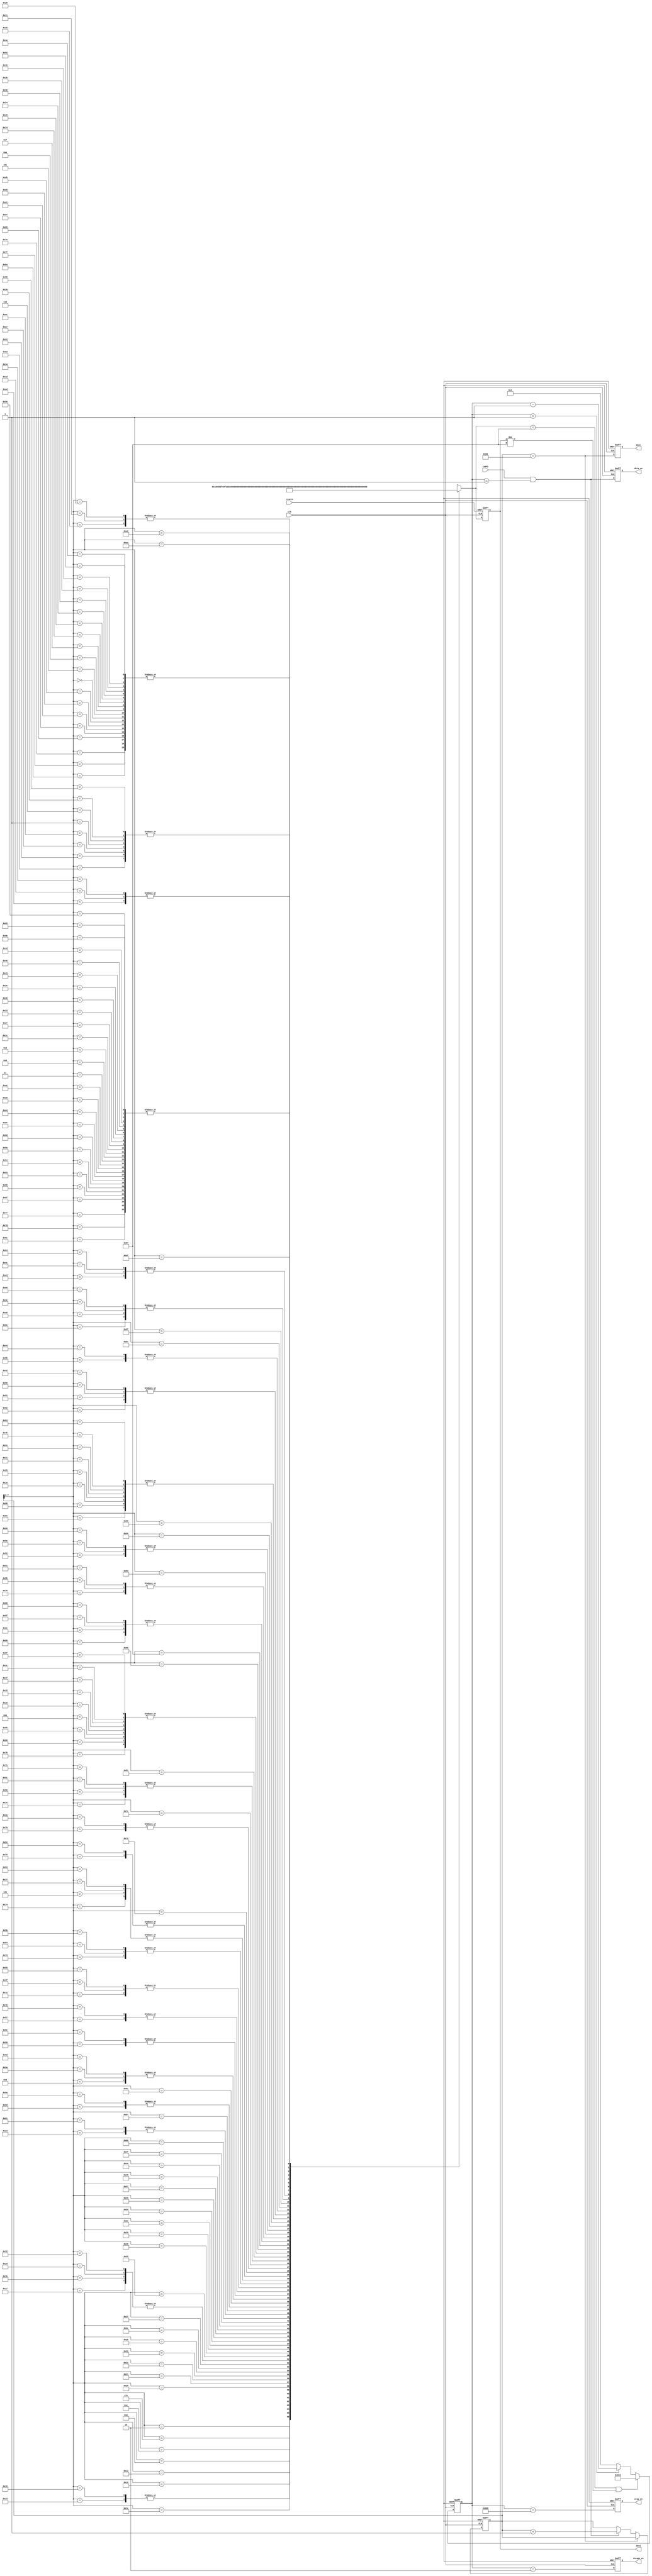
// --------------------------------------------------------------------
// >>>>>>>>>>>>>>>>>>>>>>>>> COPYRIGHT NOTICE <<<<<<<<<<<<<<<<<<<<<<<<<
// --------------------------------------------------------------------
// Copyright (c) 2013 by Lattice Semiconductor Corporation
// --------------------------------------------------------------------
//
// Permission:
//
//   Lattice Semiconductor grants permission to use this code for use
//   in synthesis for any Lattice programmable logic product.  Other
//   use of this code, including the selling or duplication of any
//   portion is strictly prohibited.
//
// Disclaimer:
//
//   This VHDL or Verilog source code is intended as a design reference
//   which illustrates how these types of functions can be implemented.
//   It is the user's responsibility to verify their design for
//   consistency and functionality through the use of formal
//   verification methods.  Lattice Semiconductor provides no warranty
//   regarding the use or functionality of this code.
//
// --------------------------------------------------------------------
//           
//                     Lattice Semiconductor Corporation
//                     5555 NE Moore Court
//                     Hillsboro, OR 97214
//                     U.S.A
//
//                     TEL: 1-800-Lattice (USA and Canada)
//                          408-826-6000 (other locations)
//
//                     web: http://www.latticesemi.com/
//
// --------------------------------------------------------------------
//
// DCS_ROM.v -- MIPI DSI TX Bridge Reference Design
// 
//
// --------------------------------------------------------------------
//
// Revision History :
// --------------------------------------------------------------------
//   Ver  :| Author            :| Mod. Date :| Changes Made:
//   V1.0 :| APPS_LHQ          :| 07/16/13  :| Initial Release
//------------------------------------------------------------------------------------------------------------------------------------------
module DCS_ROM #(
   parameter wait_time = 1000         //Time to wait between data transfers
)(
   input  resetn                ,           
   input  clk                   ,
   output reg data_en           ,     //Set 'high' to transfer data[7:0]
   output reg escape_en         ,     //Set 'high' to initate escape mode
   output reg stop_en           ,     //Set 'high' to initate LP11 idle state
   
   output [7:0] data            ,
   input  ready                 ,     //Controller will idle unless ready=1'b1
   
   output reg done                    //Data transfer from ROM is complete
);
   wire [7:0] dcs_data [175:0];
   reg  [15:0] wait_cnt;
   reg  [7:0] current_data;  
   reg  [10:0] byte_cnt;

   always @(posedge clk or negedge resetn)
       if(!resetn) begin
       	   current_data     <= 0;
           byte_cnt         <= 0;
           wait_cnt         <= 0;
           data_en          <= 0;
           escape_en        <= 0;
           stop_en          <= 0;
           done             <= 0;
                      
       end
       else begin
          current_data    <= dcs_data[byte_cnt]; 
          byte_cnt        <= (byte_cnt == 'd176   ) ? byte_cnt     :
                             (ready & wait_cnt==1) ? byte_cnt + 1 : byte_cnt;
          wait_cnt        <= (dcs_data[byte_cnt]==8'h87 & current_data!=8'h87) ? wait_time :
                             wait_cnt > 1 ? wait_cnt - 1  : 1; 
          data_en         <= (ready & wait_cnt==1);
          escape_en       <= (wait_cnt==2);             
          stop_en         <= (wait_cnt==wait_time-'d16); 
          done            <= byte_cnt == 'd176;     
       end

   assign data = current_data;
   assign dcs_data[0  ] = 8'h87; 
   assign dcs_data[1  ] = 8'h05;
   assign dcs_data[2  ] = 8'h01;
   assign dcs_data[3  ] = 8'h00;
   assign dcs_data[4  ] = 8'h10;
   
   assign dcs_data[5  ] = 8'h87; 
   assign dcs_data[6  ] = 8'h05;
   assign dcs_data[7  ] = 8'h28;
   assign dcs_data[8  ] = 8'h00;
   assign dcs_data[9  ] = 8'h06;
   
   assign dcs_data[10 ] = 8'h87; 
   assign dcs_data[11 ] = 8'h15;
   assign dcs_data[12 ] = 8'h35;
   assign dcs_data[13 ] = 8'h00;
   assign dcs_data[14 ] = 8'h2F;
   
   assign dcs_data[15 ] = 8'h87; 
   assign dcs_data[16 ] = 8'h15;
   assign dcs_data[17 ] = 8'h36;
   assign dcs_data[18 ] = 8'hC8;
   assign dcs_data[19 ] = 8'h1D;																	
   assign dcs_data[20 ] = 8'h87; 
   assign dcs_data[21 ] = 8'h15;
   assign dcs_data[22 ] = 8'hFA;
   assign dcs_data[23 ] = 8'h04;
   assign dcs_data[24 ] = 8'h1D;																	
   assign dcs_data[25 ] = 8'h87; 
   assign dcs_data[26 ] = 8'h39;
   assign dcs_data[27 ] = 8'h04;
   assign dcs_data[28 ] = 8'h00;
   assign dcs_data[29 ] = 8'h2C;
   assign dcs_data[30 ] = 8'hC1;
   assign dcs_data[31 ] = 8'h15;
   assign dcs_data[32 ] = 8'h56;
   assign dcs_data[33 ] = 8'h16;
   assign dcs_data[34 ] = 8'hFB;												
   assign dcs_data[35 ] = 8'h6A; 
   assign dcs_data[36 ] = 8'h87;
   assign dcs_data[37 ] = 8'h39;
   assign dcs_data[38 ] = 8'h05;
   assign dcs_data[39 ] = 8'h00;
   assign dcs_data[40 ] = 8'h36;
   assign dcs_data[41 ] = 8'hB6;
   assign dcs_data[42 ] = 8'h02;
   assign dcs_data[43 ] = 8'hE2;
   assign dcs_data[44 ] = 8'hFF;
   assign dcs_data[45 ] = 8'h04;											
   assign dcs_data[46 ] = 8'h1F; 
   assign dcs_data[47 ] = 8'h69;
   assign dcs_data[48 ] = 8'h87;
   assign dcs_data[49 ] = 8'h39;
   assign dcs_data[50 ] = 8'h04;
   assign dcs_data[51 ] = 8'h00;
   assign dcs_data[52 ] = 8'h2C;
   assign dcs_data[53 ] = 8'hB1;
   assign dcs_data[54 ] = 8'h00;
   assign dcs_data[55 ] = 8'h10;												
   assign dcs_data[56 ] = 8'h1A; 
   assign dcs_data[57 ] = 8'h4C;
   assign dcs_data[58 ] = 8'h54;
   assign dcs_data[59 ] = 8'h87;
   assign dcs_data[60 ] = 8'h15;																	
   assign dcs_data[61 ] = 8'hB4; 
   assign dcs_data[62 ] = 8'h00;
   assign dcs_data[63 ] = 8'h19;
   assign dcs_data[64 ] = 8'h87;
   assign dcs_data[65 ] = 8'h39;
   assign dcs_data[66 ] = 8'h03;
   assign dcs_data[67 ] = 8'h00;
   assign dcs_data[68 ] = 8'h09;
   assign dcs_data[69 ] = 8'hC5;													
   assign dcs_data[70 ] = 8'h00; 
   assign dcs_data[71 ] = 8'h48;
   assign dcs_data[72 ] = 8'h58;
   assign dcs_data[73 ] = 8'hC4;
   assign dcs_data[74 ] = 8'h87;
   assign dcs_data[75 ] = 8'h39;
   assign dcs_data[76 ] = 8'h11;
   assign dcs_data[77 ] = 8'h00;
   assign dcs_data[78 ] = 8'h33;
   assign dcs_data[79 ] = 8'hE0;
   assign dcs_data[80 ] = 8'h00;
   assign dcs_data[81 ] = 8'h07;
   assign dcs_data[82 ] = 8'h0D;
   assign dcs_data[83 ] = 8'h10;
   assign dcs_data[84 ] = 8'h13;
   assign dcs_data[85 ] = 8'h19;
   assign dcs_data[86 ] = 8'h0F;
   assign dcs_data[87 ] = 8'h0C;
   assign dcs_data[88 ] = 8'h05;
   assign dcs_data[89 ] = 8'h08;
   assign dcs_data[90 ] = 8'h06;
   assign dcs_data[91 ] = 8'h13;
   assign dcs_data[92 ] = 8'h0F;
   assign dcs_data[93 ] = 8'h30; 
   assign dcs_data[94 ] = 8'h20;
   assign dcs_data[95 ] = 8'h1F;
   assign dcs_data[96 ] = 8'hD8;
   assign dcs_data[97 ] = 8'h6A;
   assign dcs_data[98 ] = 8'h87;
   assign dcs_data[99 ] = 8'h39;
   assign dcs_data[100] = 8'h11;
   assign dcs_data[101] = 8'h00;
   assign dcs_data[102] = 8'h33;
   assign dcs_data[103] = 8'hE1;
   assign dcs_data[104] = 8'h1F;
   assign dcs_data[105] = 8'h20;
   assign dcs_data[106] = 8'h30;
   assign dcs_data[107] = 8'h00;
   assign dcs_data[108] = 8'h2D;
   assign dcs_data[109] = 8'h06;
   assign dcs_data[110] = 8'h08;
   assign dcs_data[111] = 8'h15;
   assign dcs_data[112] = 8'h0C;
   assign dcs_data[113] = 8'h0F;
   assign dcs_data[114] = 8'h19;
   assign dcs_data[115] = 8'h13;
   assign dcs_data[116] = 8'h10; 
   assign dcs_data[117] = 8'h0D;
   assign dcs_data[118] = 8'h07;
   assign dcs_data[119] = 8'h00;
   assign dcs_data[120] = 8'hBE;																	
   assign dcs_data[121] = 8'h02; 
   assign dcs_data[122] = 8'h87;
   assign dcs_data[123] = 8'h15;
   assign dcs_data[124] = 8'hEA;
   assign dcs_data[125] = 8'h00;																	
   assign dcs_data[126] = 8'h0F; 
   assign dcs_data[127] = 8'h87;
   assign dcs_data[128] = 8'h15;
   assign dcs_data[129] = 8'hAE;
   assign dcs_data[130] = 8'h03;																	
   assign dcs_data[131] = 8'h05; 
   assign dcs_data[132] = 8'h87;
   assign dcs_data[133] = 8'h15;
   assign dcs_data[134] = 8'h3A;
   assign dcs_data[135] = 8'h77;
   assign dcs_data[136] = 8'h1F;
   
   assign dcs_data[137] = 8'h87;
   assign dcs_data[138] = 8'h39;
   assign dcs_data[139] = 8'h07;
   assign dcs_data[140] = 8'h00;
   assign dcs_data[141] = 8'h2A;
   assign dcs_data[142] = 8'h33;
   assign dcs_data[143] = 8'h00;								
   assign dcs_data[144] = 8'h00; 
   assign dcs_data[145] = 8'h03;
   assign dcs_data[146] = 8'h20;
   assign dcs_data[147] = 8'h00;
   assign dcs_data[148] = 8'h00;
   assign dcs_data[149] = 8'h5D;
   assign dcs_data[150] = 8'h2B;
   assign dcs_data[151] = 8'h87;
   assign dcs_data[152] = 8'h39;									
   assign dcs_data[153] = 8'h03; 
   assign dcs_data[154] = 8'h00;
   assign dcs_data[155] = 8'h09;
   assign dcs_data[156] = 8'h37;
   assign dcs_data[157] = 8'h00;															
   assign dcs_data[158] = 8'h00; 
   assign dcs_data[159] = 8'h98;
   assign dcs_data[160] = 8'h33;
   
   assign dcs_data[161] = 8'h87;
   assign dcs_data[162] = 8'h05;																	
   assign dcs_data[163] = 8'h11; 
   assign dcs_data[164] = 8'h00;
   assign dcs_data[165] = 8'h36;
   
   assign dcs_data[166] = 8'h87;
   assign dcs_data[167] = 8'h05;																	           
   assign dcs_data[168] = 8'h29;
   assign dcs_data[169] = 8'h00;
   assign dcs_data[170] = 8'h1C;
   
   assign dcs_data[171] = 8'h87;
   assign dcs_data[172] = 8'h05;
   assign dcs_data[173] = 8'h2C;
   assign dcs_data[174] = 8'h00;
   assign dcs_data[175] = 8'h25;
   
endmodule